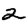
Digit: 2